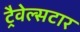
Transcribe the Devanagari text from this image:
ट्रैवेल्सटार